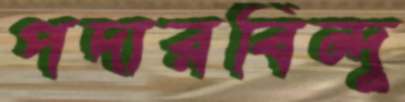
পদারবিন্দু